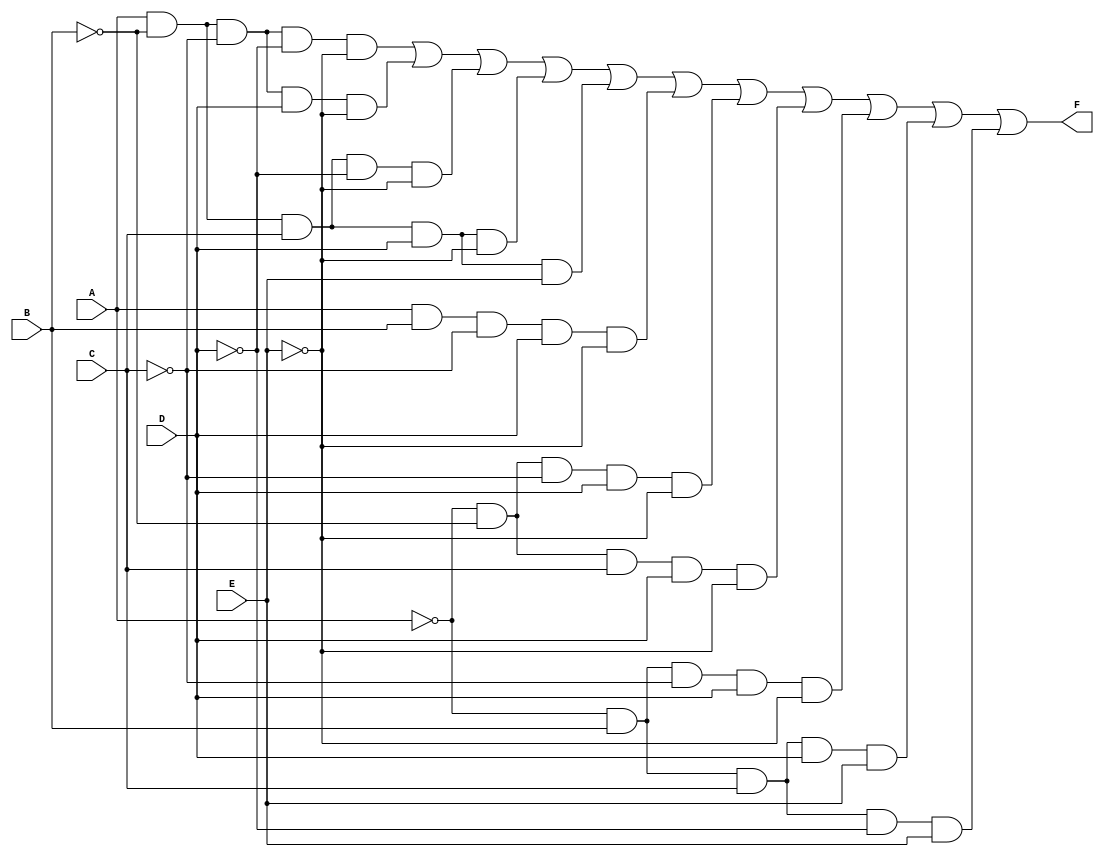
module five_variable_kmap (
    input wire A,  // Input variable A
    input wire B,  // Input variable B
    input wire C,  // Input variable C
    input wire D,  // Input variable D
    input wire E,  // Input variable E
    output wire F  // Output function F
);

// Define the output based on the K-map minterms
// Using the minterms for logical implementation
// Minterms: 1, 2, 4, 5, 6, 7, 8, 9, 10, 14, 15
assign F = ( A & ~B & ~C & ~D & ~E) |  // minterm 1
           ( A & ~B & ~C &  D & ~E) |  // minterm 2
           ( A & ~B &  C & ~D & ~E) |  // minterm 4
           ( A & ~B &  C &  D & ~E) |  // minterm 5
           ( A & ~B &  C &  D &  E) |  // minterm 6
           ( A &  B & ~C &  D & ~E) |  // minterm 7
           ( ~A & ~B & ~C &  D & ~E) | // minterm 8
           ( ~A & ~B &  C &  D & ~E) | // minterm 9
           ( ~A &  B & ~C &  D & ~E) | // minterm 10
           ( ~A &  B &  C &  D &  E) | // minterm 14
           ( ~A &  B &  C & ~D &  E);   // minterm 15

endmodule